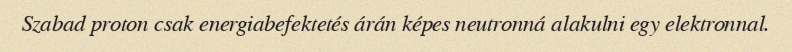
Szabad proton csak energiabefektetés árán képes neutronná alakulni egy elektronnal.